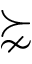
\succnsim